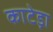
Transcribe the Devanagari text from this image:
काटेड़ा